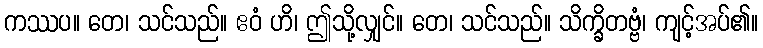
ကဿပ။ တေ၊ သင်သည်။ ဧဝံ ဟိ၊ ဤသို့လျှင်။ တေ၊ သင်သည်။ သိက္ခိတဗ္ဗံ၊ ကျင့်အပ်၏။